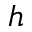
h